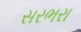
સરભરા